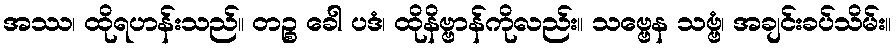
အဿ၊ ထိုရဟန်းသည်။ တဉ္စ ခေါ ပဒံ၊ ထိုနိဗ္ဗာန်ကိုလည်း။ သဗ္ဗေန သဗ္ဗံ၊ အချင်းခပ်သိမ်း။